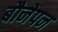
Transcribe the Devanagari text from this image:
बौनेपन